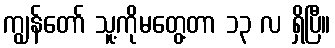
ကျွန်တော် သူ့ကိုမတွေ့တာ ၁၃ လ ရှိပြီ။